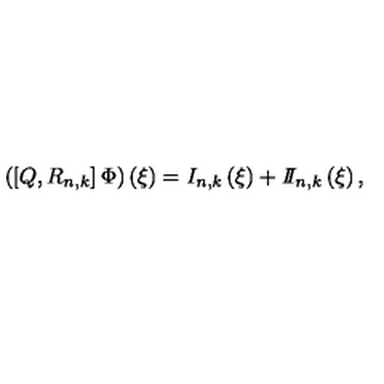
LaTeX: \left( \left[ Q , R _ { n , k } \right] \Phi \right) \left( \xi \right) = I _ { n , k } \left( \xi \right) + I \! \! I _ { n , k } \left( \xi \right) ,